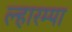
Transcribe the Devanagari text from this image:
ल्हारम्पा